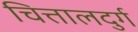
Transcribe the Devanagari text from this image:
चित्तालदुर्ग